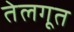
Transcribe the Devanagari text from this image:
तेलगूत